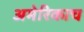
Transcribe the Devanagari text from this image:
अमेरिकाच